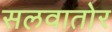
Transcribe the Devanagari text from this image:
सलवातोर